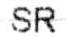
SR